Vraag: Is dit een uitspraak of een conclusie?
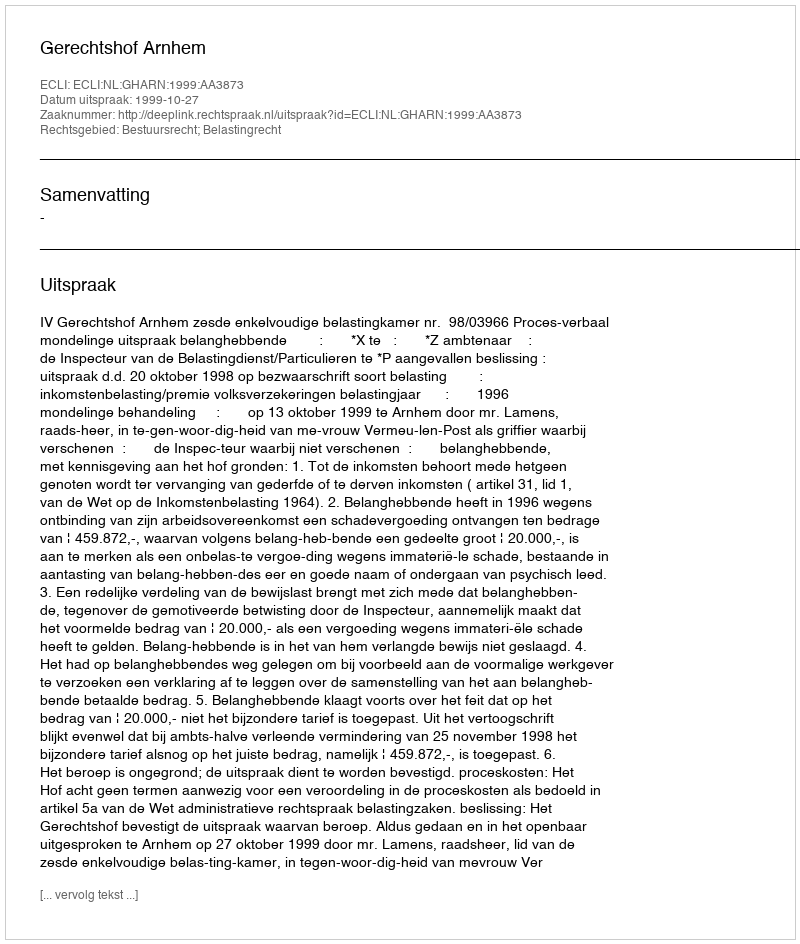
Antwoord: Uitspraak